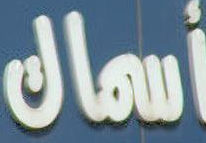
أسماك